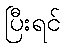
ပြီးရင်